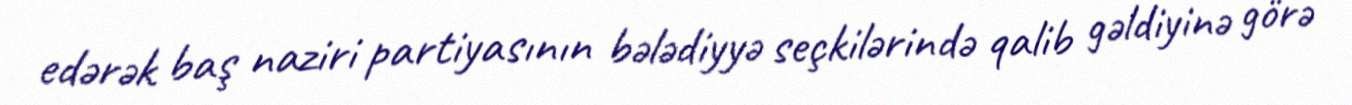
edərək baş naziri partiyasının bələdiyyə seçkilərində qalib gəldiyinə görə